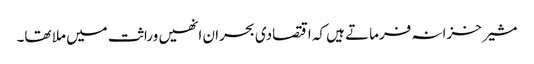
مشیر خزانہ فرماتے ہیں کہ اقتصادی بحران انھیں وراثت میں ملا تھا۔